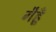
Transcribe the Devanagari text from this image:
गैहूँ